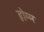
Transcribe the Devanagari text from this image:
होम्म